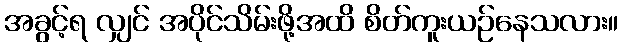
အခွင့်ရ လျှင် အပိုင်သိမ်းဖို့အထိ စိတ်ကူးယဉ်နေသလား။